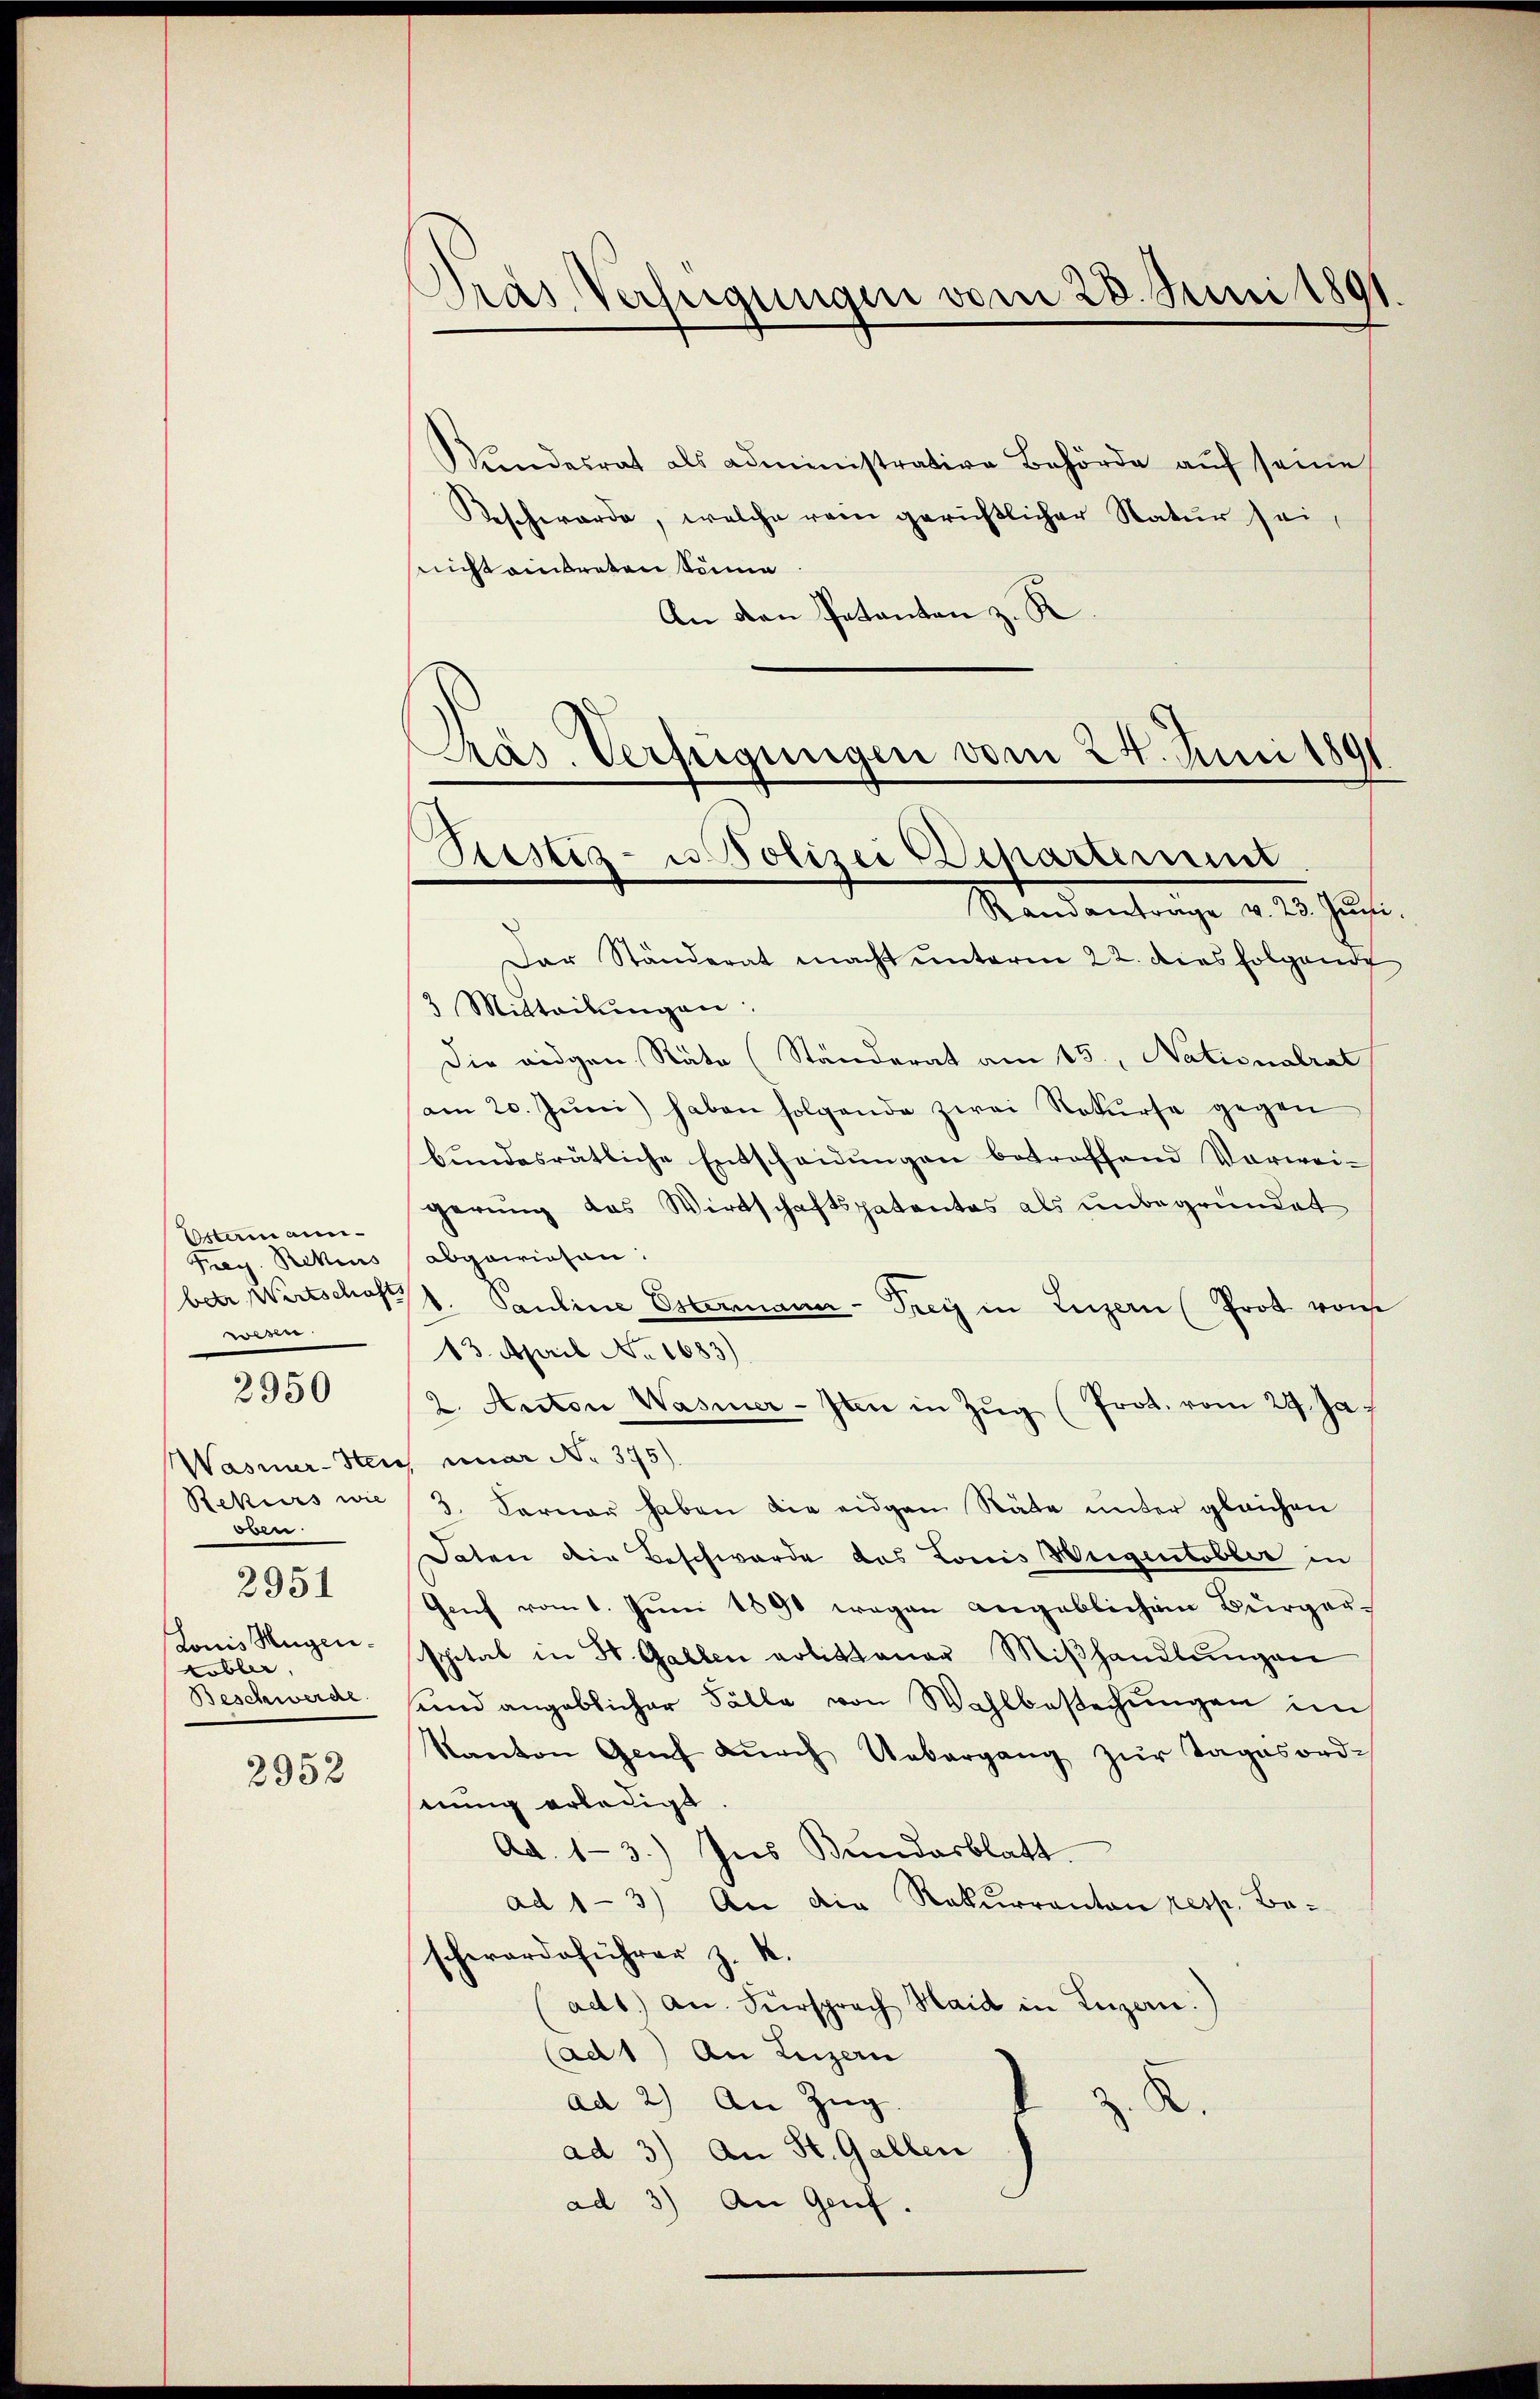
Ostermann-
Freg. Rekurs
wesen.
Rekurs wie
Eben
2951
Louis Hugen¬
Kobler
Beschwerde.

2950

2952

ŭndesrat als administrative Behörde aŭf seine
Beschwerde, welche rein gerichtlicher Natur sei,
sricht eintreten Sonne
An den Patenten z. R.
Präs. Verfügungen vom 24. Juni 1891

Drai Verfügungen vom 28. Juni 1891

Ristiz- u Polizei Departerung.
Randantrage v. 23. Juni.

Der Ständerat macht unterm 22. dies folgende
3 Mitteilŭngen:
Die eidgen Rate (Ständerat am 15. Nationalrat
am 20. Jŭni) haben folgende zwei Rekurse gegen
bundesrätliche Entscheidungen betroffend Vorwei-
gerung das Wirtschaftspatentes als unbegründet
abgewiesen.
betr. Wirtschofs. Pauline Esternann-Frey in Luzern (Prot von
13. April No 1683)
2. Anton Wasier-Iten in Zŭg (Prot. vom 29. Ja
Wasner-Ster uner No. 375).
3. Ferner haben die eidgen Räte unter gleichen
Daten die Beschwerde das Louis Weigentobler in
Genf vom 1. Juni 1890 wegen angeblichem Bürger-
spital in St. Gallen polittener Miβhandlŭngen
sund angeblicher Fälle von Wahlbestechungen in
Kanton Genf dŭrch Uebergang zŭr Tagesord-
hnung erledigt
Ad 1-3.) Ins Bundesblatt
ad 1-3) An die Rekurranton resp. Be-
schwerdeführer z. K.
ad1. an. Fürsprach Haid in Luzan:)
(ad1) An Luzern
ad 2) An Zŭg.
R.
ad 3) An St. Gallen
ad 3) An Genf.